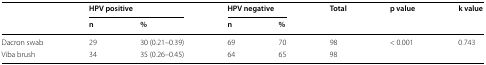
| <ROWSPAN=2>  | <COLSPAN=2> HPV positive | <COLSPAN=2> HPV negative | <ROWSPAN=2> Total | <ROWSPAN=2> p value | <ROWSPAN=2> k value |
 | n | % | n | % |
 | --- | --- | --- | --- | --- | --- | --- | --- |
 | Dacron swab | 29 | 30 (0.21–0.39) | 69 | 70 | 98 | <ROWSPAN=2> < 0.001 | <ROWSPAN=2> 0.743 |
 | Viba brush | 34 | 35 (0.26–0.45) | 64 | 65 | 98 |